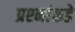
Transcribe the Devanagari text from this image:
प्रश्‍नांकडे